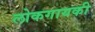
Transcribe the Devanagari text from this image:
लोकगायकी